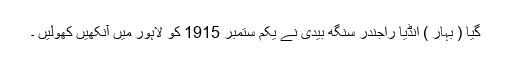
گیا ( بہار ) انڈیا راجندر سنگھ بیدی نے یکم ستمبر 1915 کو لاہور میں آنکھیں کھولیں ۔